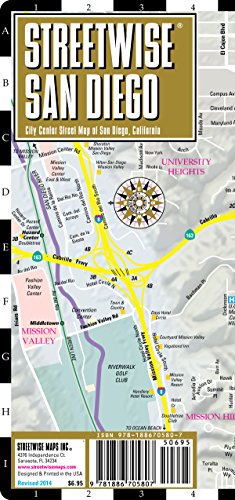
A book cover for Streetwise San Diego Map - Laminated City Center Street Map of San Diego, California - Folding pocket size travel map with trolley lines; Streetwise Maps; Travel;